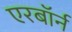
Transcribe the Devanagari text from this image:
एरबॉर्न